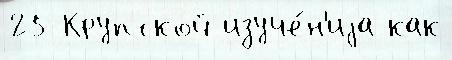
25 Крупской изуче́н'иjа как